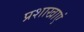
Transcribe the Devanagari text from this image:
प्रशाखाएं